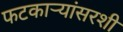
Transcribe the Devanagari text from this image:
फटकाऱ्यांसरशी